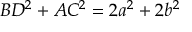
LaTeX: B D ^ { 2 } + A C ^ { 2 } = 2 a ^ { 2 } + 2 b ^ { 2 }